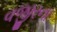
વજીરના